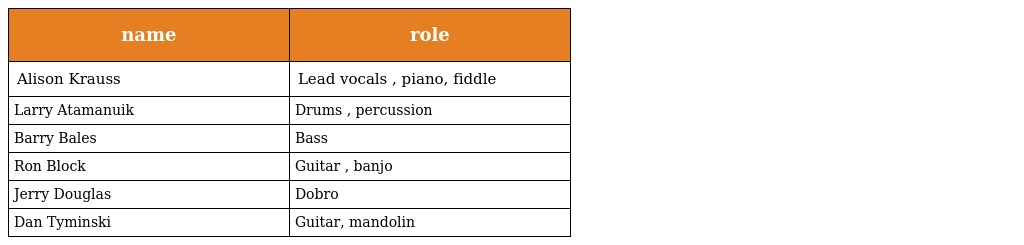
| name | role |
 | --- | --- |
 | Alison Krauss | Lead vocals , piano, fiddle |
 | Larry Atamanuik | Drums , percussion |
 | Barry Bales | Bass |
 | Ron Block | Guitar , banjo |
 | Jerry Douglas | Dobro |
 | Dan Tyminski | Guitar, mandolin |